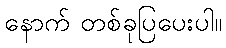
နောက် တစ်ခုပြပေးပါ။